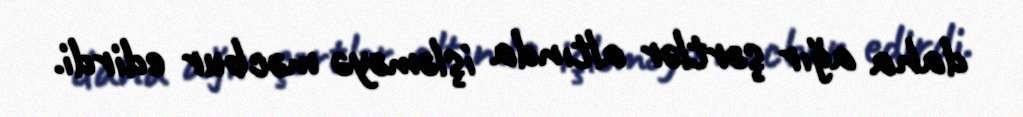
daha ağır şərtlər altında işləməyə məcbur edirdi.